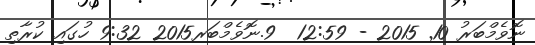
ނޮވެމްބަރު 10